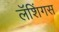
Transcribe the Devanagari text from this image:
लॅशिंगस